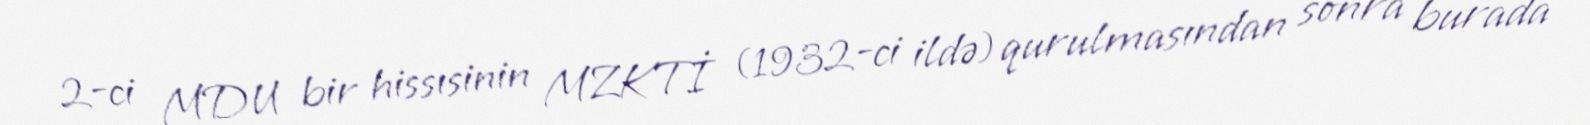
2-ci MDU bir hissısinin MZKTİ (1932-ci ildə) qurulmasından sonra burada